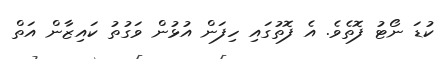
ކުޑަ ނޯޓު ފޮތެވެ. އެ ފޮތުގައި ހިފަން އުޅުން ވަގުތު ކައިޒާން އަތް